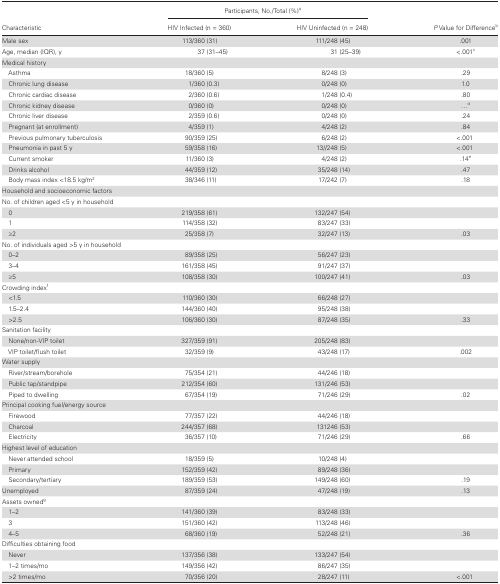
<table><thead><tr><td rowspan="2"><b>Characteristic</b></td><td colspan="2"><b>Participants, No./Total (%)<sup>a</sup></b></td><td rowspan="2"><b><i>P</i> Value for Difference<sup>b</sup></b></td></tr><tr><td><b>HIV Infected (n = 360)</b></td><td><b>HIV Uninfected (n = 248)</b></td></tr></thead><tbody><tr><td>Male sex</td><td>113/360 (31)</td><td>111/248 (45)</td><td>.001</td></tr><tr><td>Age, median (IQR), y</td><td>37 (31–45)</td><td>31 (25–39)</td><td>&lt;.001<sup>c</sup></td></tr><tr><td colspan="4">Medical history</td></tr><tr><td> Asthma</td><td>18/360 (5)</td><td>8/248 (3)</td><td>.29</td></tr><tr><td> Chronic lung disease</td><td>1/360 (0.3)</td><td>0/248 (0)</td><td>1.0</td></tr><tr><td> Chronic cardiac disease</td><td>2/360 (0.6)</td><td>1/248 (0.4)</td><td>.80</td></tr><tr><td> Chronic kidney disease</td><td>0/360 (0)</td><td>0/248 (0)</td><td>...<sup>d</sup></td></tr><tr><td> Chronic liver disease</td><td>2/359 (0.6)</td><td>0/248 (0)</td><td>.24</td></tr><tr><td> Pregnant (at enrollment)</td><td>4/359 (1)</td><td>4/248 (2)</td><td>.84</td></tr><tr><td> Previous pulmonary tuberculosis</td><td>90/359 (25)</td><td>6/248 (2)</td><td>&lt;.001</td></tr><tr><td> Pneumonia in past 5 y</td><td>59/358 (16)</td><td>13//248 (5)</td><td>&lt;.001</td></tr><tr><td> Current smoker</td><td>11/360 (3)</td><td>4/248 (2)</td><td>.14<sup>e</sup></td></tr><tr><td> Drinks alcohol</td><td>44/359 (12)</td><td>35/248 (14)</td><td>.47</td></tr><tr><td> Body mass index &lt;18.5 kg/m<sup>2</sup></td><td>38/346 (11)</td><td>17/242 (7)</td><td>.18</td></tr><tr><td colspan="4">Household and socioeconomic factors</td></tr><tr><td colspan="4">No. of children aged &lt;5 y in household</td></tr><tr><td> 0</td><td>219/358 (61)</td><td>132/247 (54)</td><td></td></tr><tr><td> 1</td><td>114/358 (32)</td><td>83/247 (33)</td><td></td></tr><tr><td> ≥2</td><td>25/358 (7)</td><td>32/247 (13)</td><td>.03</td></tr><tr><td colspan="4">No. of individuals aged &gt;5 y in household</td></tr><tr><td> 0–2</td><td>89/358 (25)</td><td>56/247 (23)</td><td></td></tr><tr><td> 3–4</td><td>161/358 (45)</td><td>91/247 (37)</td><td></td></tr><tr><td> ≥5</td><td>108/358 (30)</td><td>100/247 (41)</td><td>.03</td></tr><tr><td colspan="4">Crowding index<sup>f</sup></td></tr><tr><td> &lt;1.5</td><td>110/360 (30)</td><td>66/248 (27)</td><td></td></tr><tr><td> 1.5–2.4</td><td>144/360 (40)</td><td>95/248 (38)</td><td></td></tr><tr><td> &gt;2.5</td><td>106/360 (30)</td><td>87/248 (35)</td><td>.33</td></tr><tr><td colspan="4">Sanitation facility</td></tr><tr><td> None/non-VIP toilet</td><td>327/359 (91)</td><td>205/248 (83)</td><td></td></tr><tr><td> VIP toilet/flush toilet</td><td>32/359 (9)</td><td>43/248 (17)</td><td>.002</td></tr><tr><td colspan="4">Water supply</td></tr><tr><td> River/stream/borehole</td><td>75/354 (21)</td><td>44/246 (18)</td><td></td></tr><tr><td> Public tap/standpipe</td><td>212/354 (60)</td><td>131/246 (53)</td><td></td></tr><tr><td> Piped to dwelling</td><td>67/354 (19)</td><td>71/246 (29)</td><td>.02</td></tr><tr><td colspan="4">Principal cooking fuel/energy source</td></tr><tr><td> Firewood</td><td>77/357 (22)</td><td>44/246 (18)</td><td></td></tr><tr><td> Charcoal</td><td>244/357 (68)</td><td>131246 (53)</td><td></td></tr><tr><td> Electricity</td><td>36/357 (10)</td><td>71/246 (29)</td><td>.66</td></tr><tr><td colspan="4">Highest level of education</td></tr><tr><td> Never attended school</td><td>18/359 (5)</td><td>10/248 (4)</td><td></td></tr><tr><td> Primary</td><td>152/359 (42)</td><td>89/248 (36)</td><td></td></tr><tr><td> Secondary/tertiary</td><td>189/359 (53)</td><td>149/248 (60)</td><td>.19</td></tr><tr><td>Unemployed</td><td>87/359 (24)</td><td>47/248 (19)</td><td>.13</td></tr><tr><td colspan="4">Assets owned<sup>g</sup></td></tr><tr><td> 1–2</td><td>141/360 (39)</td><td>83/248 (33)</td><td></td></tr><tr><td> 3</td><td>151/360 (42)</td><td>113/248 (46)</td><td></td></tr><tr><td> 4–5</td><td>68/360 (19)</td><td>52/248 (21)</td><td>.36</td></tr><tr><td colspan="4">Difficulties obtaining food</td></tr><tr><td> Never</td><td>137/356 (38)</td><td>133/247 (54)</td><td></td></tr><tr><td> 1–2 times/mo</td><td>149/356 (42)</td><td>86/247 (35)</td><td></td></tr><tr><td> &gt;2 times/mo</td><td>70/356 (20)</td><td>28/247 (11)</td><td>&lt;.001</td></tr></tbody></table>